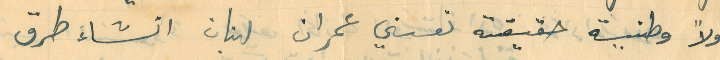
اولاً وطنية حقيقة نعني عمران لبنان انشاء طرق